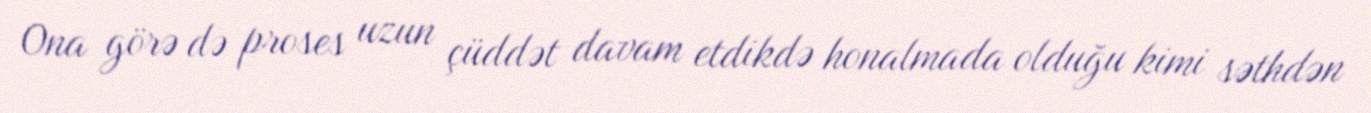
Ona görə də proses uzun çüddət davam etdikdə honalmada olduğu kimi səthdən